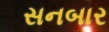
સનબાર